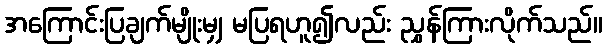
အကြောင်းပြချက်မျိုးမျှ မပြရဟူ၍လည်း ညွှန်ကြားလိုက်သည်။